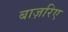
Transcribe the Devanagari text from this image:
बाज़रिए